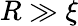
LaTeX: R\gg\xi